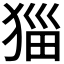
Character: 𭸖